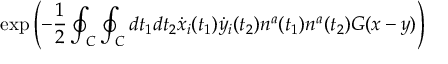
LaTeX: \exp \left( - { \frac { 1 } { 2 } } \oint _ { C } \oint _ { C } d t _ { 1 } d t _ { 2 } \dot { x } _ { i } ( t _ { 1 } ) \dot { y } _ { i } ( t _ { 2 } ) n ^ { a } ( t _ { 1 } ) n ^ { a } ( t _ { 2 } ) G ( x - y ) \right)